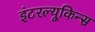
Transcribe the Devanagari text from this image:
इंटरल्यूकिन्स